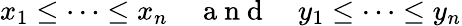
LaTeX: x_{1}\leq\cdots\leq x_{n}\quad\mathrm{~a~n~d~}\quad y_{1}\leq\cdots\leq y_{n}